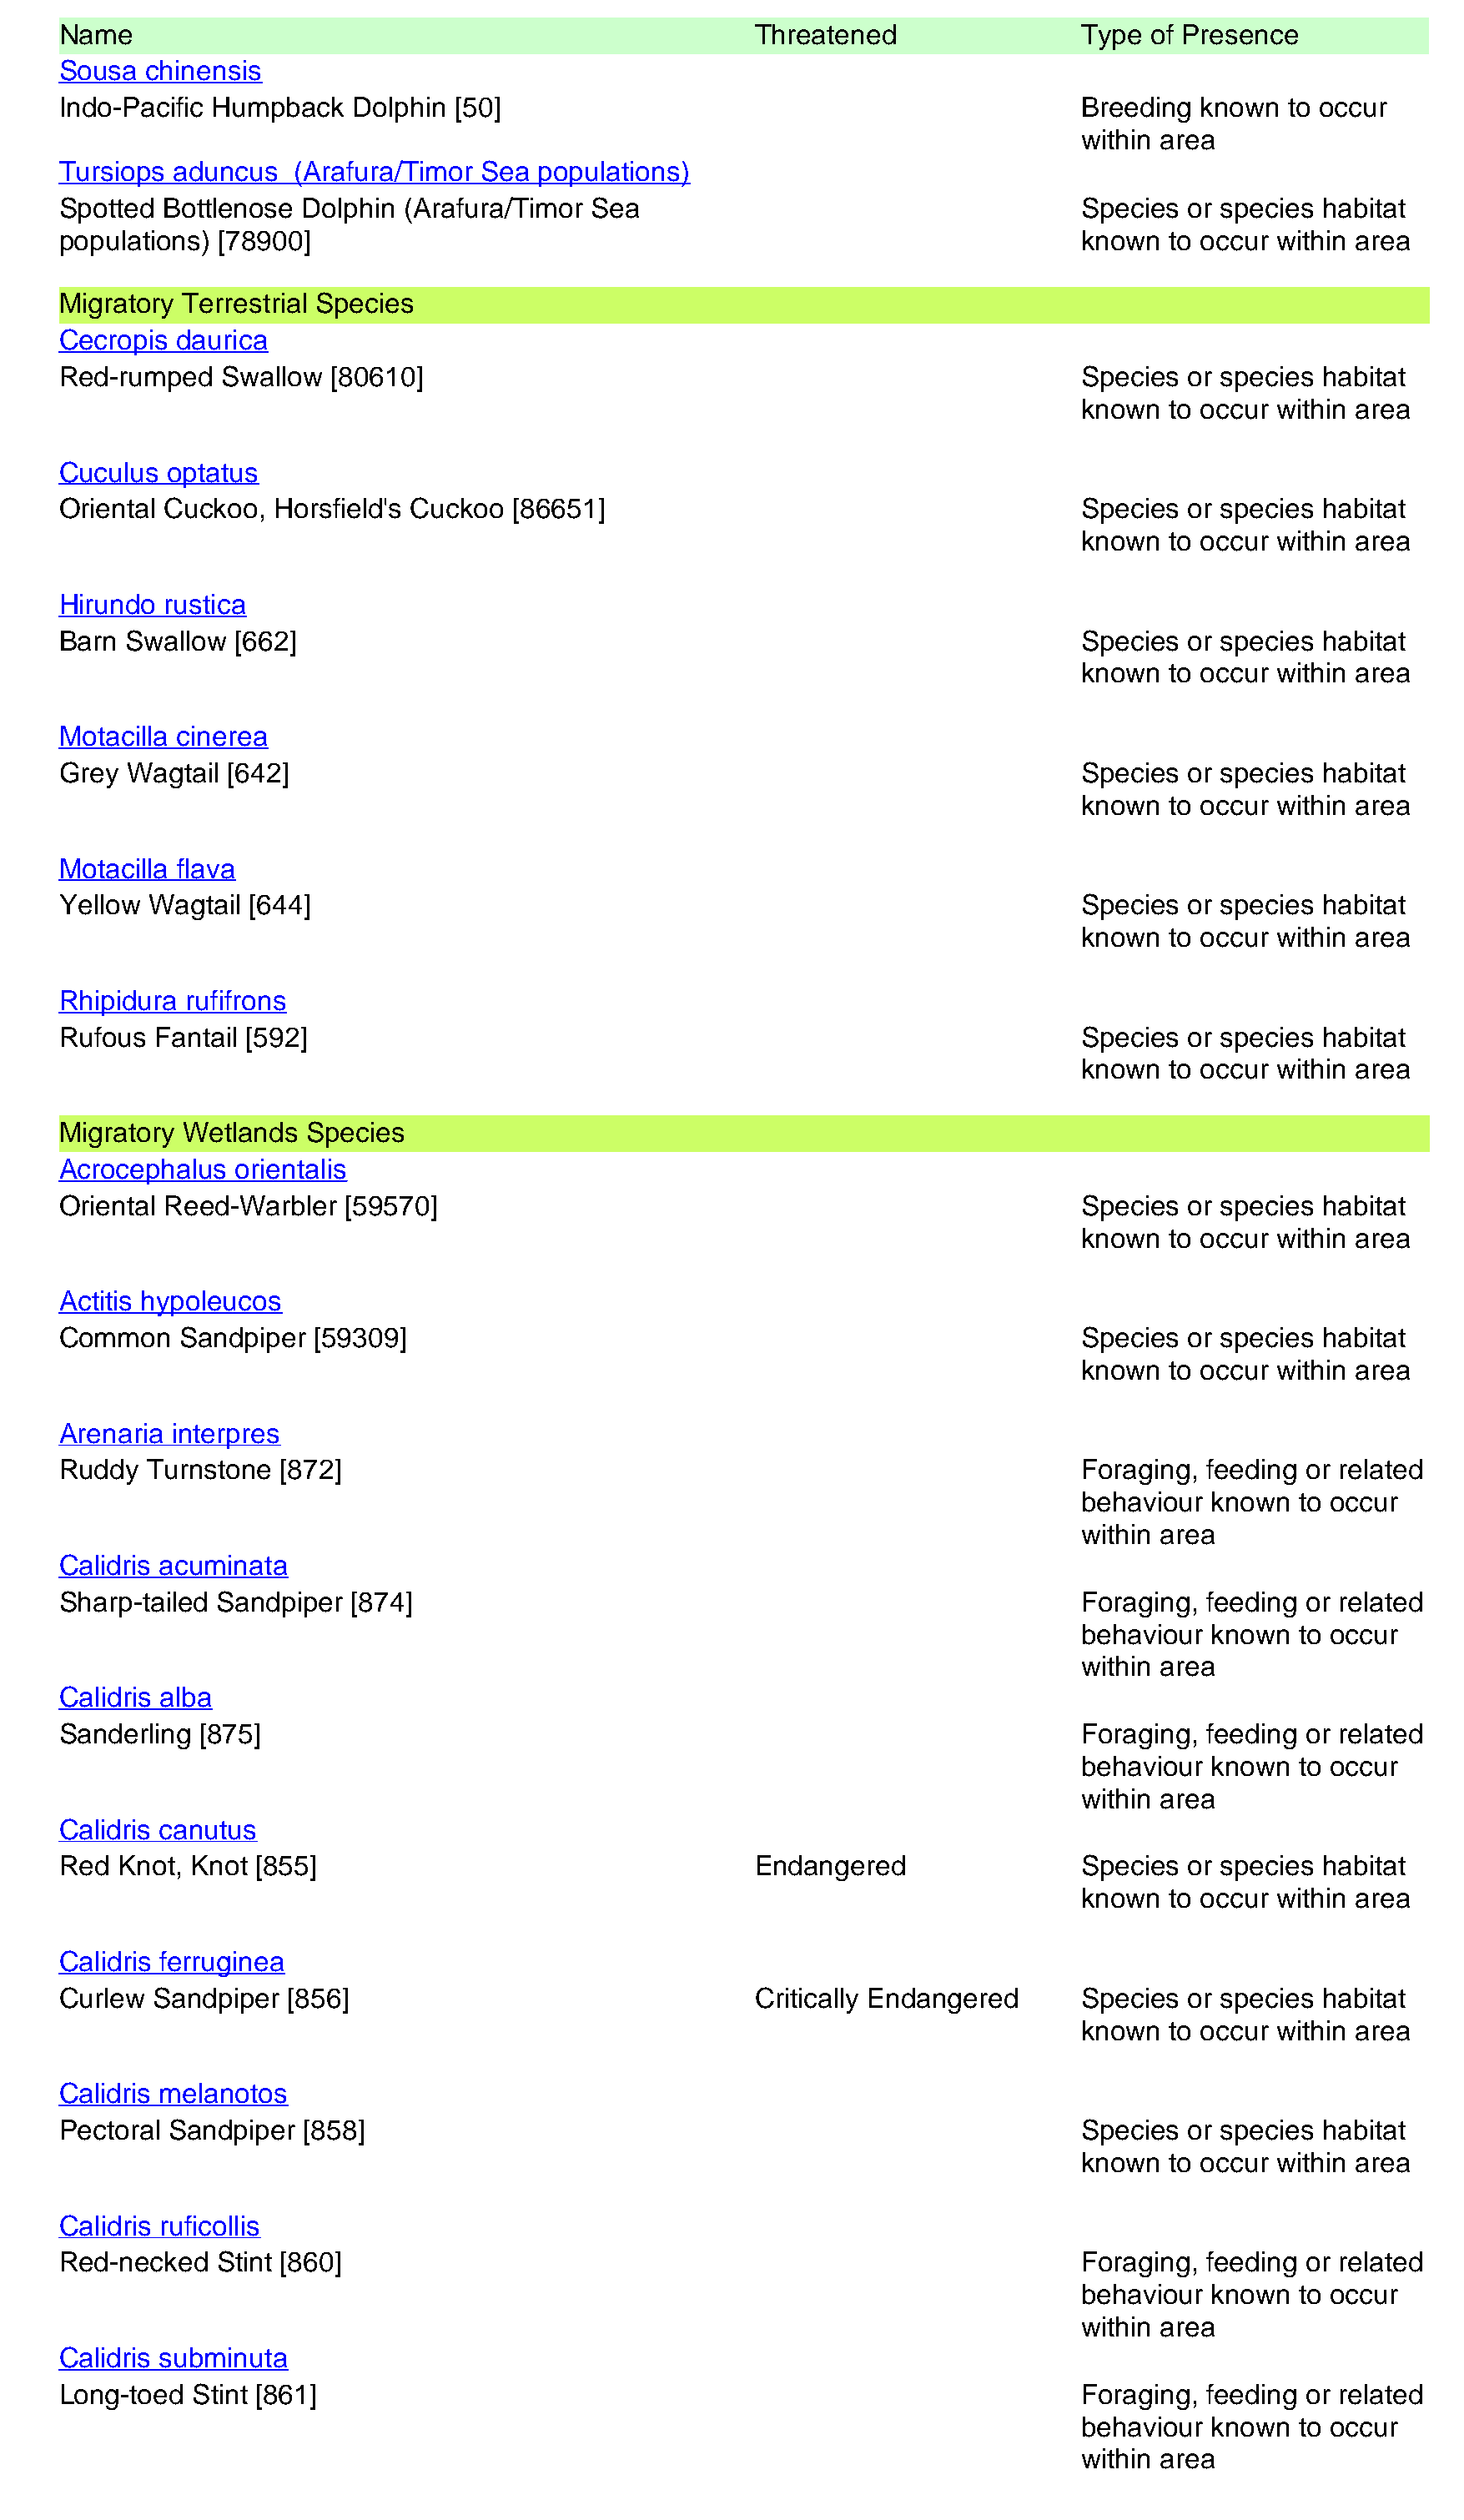
Name                                                   Threatened                Type of Presence
 Sousa  chinensis
 Indo-Pacific Humpback  Dolphin [50]                                              Breeding known  to occur
 within area
 Tursiops aduncus  (Arafura/Timor Sea  populations)
 Spotted Bottlenose Dolphin (Arafura/Timor Sea                                    Species or species habitat
 populations) [78900]                                                             known  to occur within area
 Migratory Terrestrial Species
 Cecropis daurica
 Red-rumped   Swallow [80610]                                                     Species or species habitat
 known  to occur within area
 Cuculus optatus
 Oriental Cuckoo, Horsfield's Cuckoo [86651]                                      Species or species habitat
 known  to occur within area
 Hirundo rustica
 Barn Swallow  [662]                                                              Species or species habitat
 known  to occur within area
 Motacilla cinerea
 Grey Wagtail [642]                                                               Species or species habitat
 known  to occur within area
 Motacilla flava
 Yellow Wagtail [644]                                                             Species or species habitat
 known  to occur within area
 Rhipidura rufifrons
 Rufous Fantail [592]                                                             Species or species habitat
 known  to occur within area
 Migratory Wetlands Species
 Acrocephalus  orientalis
 Oriental Reed-Warbler [59570]                                                    Species or species habitat
 known  to occur within area
 Actitis hypoleucos
 Common   Sandpiper  [59309]                                                      Species or species habitat
 known  to occur within area
 Arenaria interpres
 Ruddy  Turnstone [872]                                                           Foraging, feeding or related
 behaviour known  to occur
 within area
 Calidris acuminata
 Sharp-tailed Sandpiper [874]                                                     Foraging, feeding or related
 behaviour known  to occur
 within area
 Calidris alba
 Sanderling [875]                                                                 Foraging, feeding or related
 behaviour known  to occur
 within area
 Calidris canutus
 Red Knot, Knot [855]                                   Endangered                Species or species habitat
 known  to occur within area
 Calidris ferruginea
 Curlew Sandpiper  [856]                                Critically Endangered     Species or species habitat
 known  to occur within area
 Calidris melanotos
 Pectoral Sandpiper [858]                                                         Species or species habitat
 known  to occur within area
 Calidris ruficollis
 Red-necked  Stint [860]                                                          Foraging, feeding or related
 behaviour known  to occur
 within area
 Calidris subminuta
 Long-toed Stint [861]                                                            Foraging, feeding or related
 behaviour known  to occur
 within area